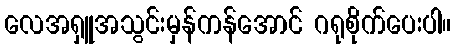
လေအရှူအသွင်းမှန်ကန်အောင် ဂရုစိုက်ပေးပါ။